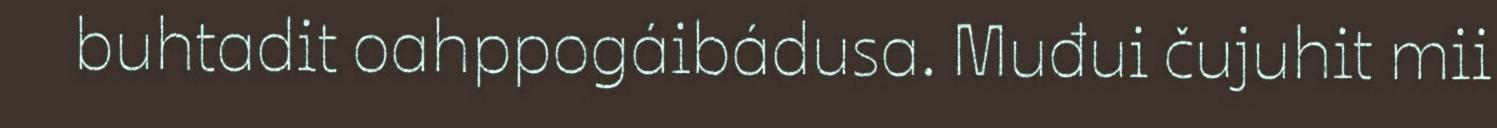
buhtadit oahppogáibádusa. Muđui čujuhit mii